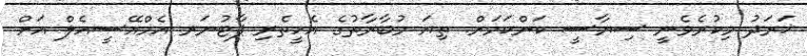
ޚަރަދު މިކުރެވެނީ ސިޔާސީ ކަންކަމަށް. ތިޔަ މުބާރާތުގެ އެހީތެރި ޕާޓުނަރ އެމްއޭސީއެލް އަށް